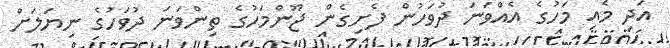
އަދި މެއި މަހުގެ އެއްވަނަ ދުވަހުން ފެށިގެން ޖޫންމަހުގެ ތިންވަނަ ދުވަހުގެ ނިޔަލަށް